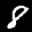
Label: 8